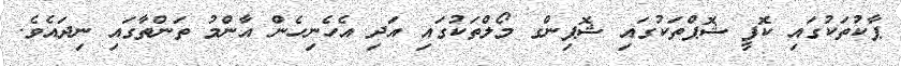
ޕާކުތަކުގައި ކޮފީ ޝޮޕްތަކުގައި ޝޮޕިންގ މޯލްތަކުގައި އަދި އެހެނިހެން އާންމު ތަންތާގައި ނިދައެވެ.